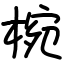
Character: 椀